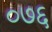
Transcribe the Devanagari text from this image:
०७६